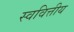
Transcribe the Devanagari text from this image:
स्ववित्तीय